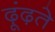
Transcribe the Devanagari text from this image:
ढ़ूंढ़ते